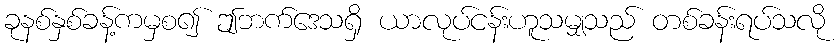
ခုနစ်နှစ်ခန့်ကမှစ၍ ဤဘက်ဒေသရှိ ယာလုပ်ငန်းဟူသမျှသည် တစ်ခန်းရပ်သလို